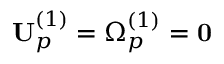
\mathbf { U } _ { p } ^ { ( 1 ) } = \boldsymbol { \Omega } _ { p } ^ { ( 1 ) } = \mathbf { 0 }